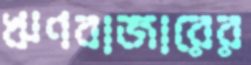
ঋণবাজারের